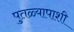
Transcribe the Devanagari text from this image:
पुतळ्यापाशी